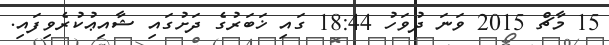
15 މާޗް 2015 ވަނަ ދުވަހު 18:44 ގައި ޚަބަރުގެ ދަށުގައި ޝާއިޢުކުރެވިފައި.